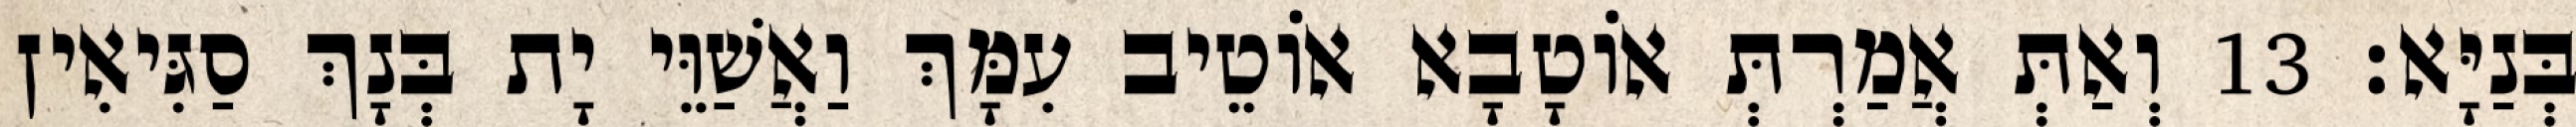
בְּנַיָּא׃ 13 וְאַתְּ אֲמַרְתְּ אוֹטָבָא אוֹטֵיב עִמָּךְ וַאֲשַׁוֵּי יָת בְּנָךְ סַגִּיאִין